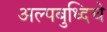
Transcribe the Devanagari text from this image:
अल्पबुध्दिचे